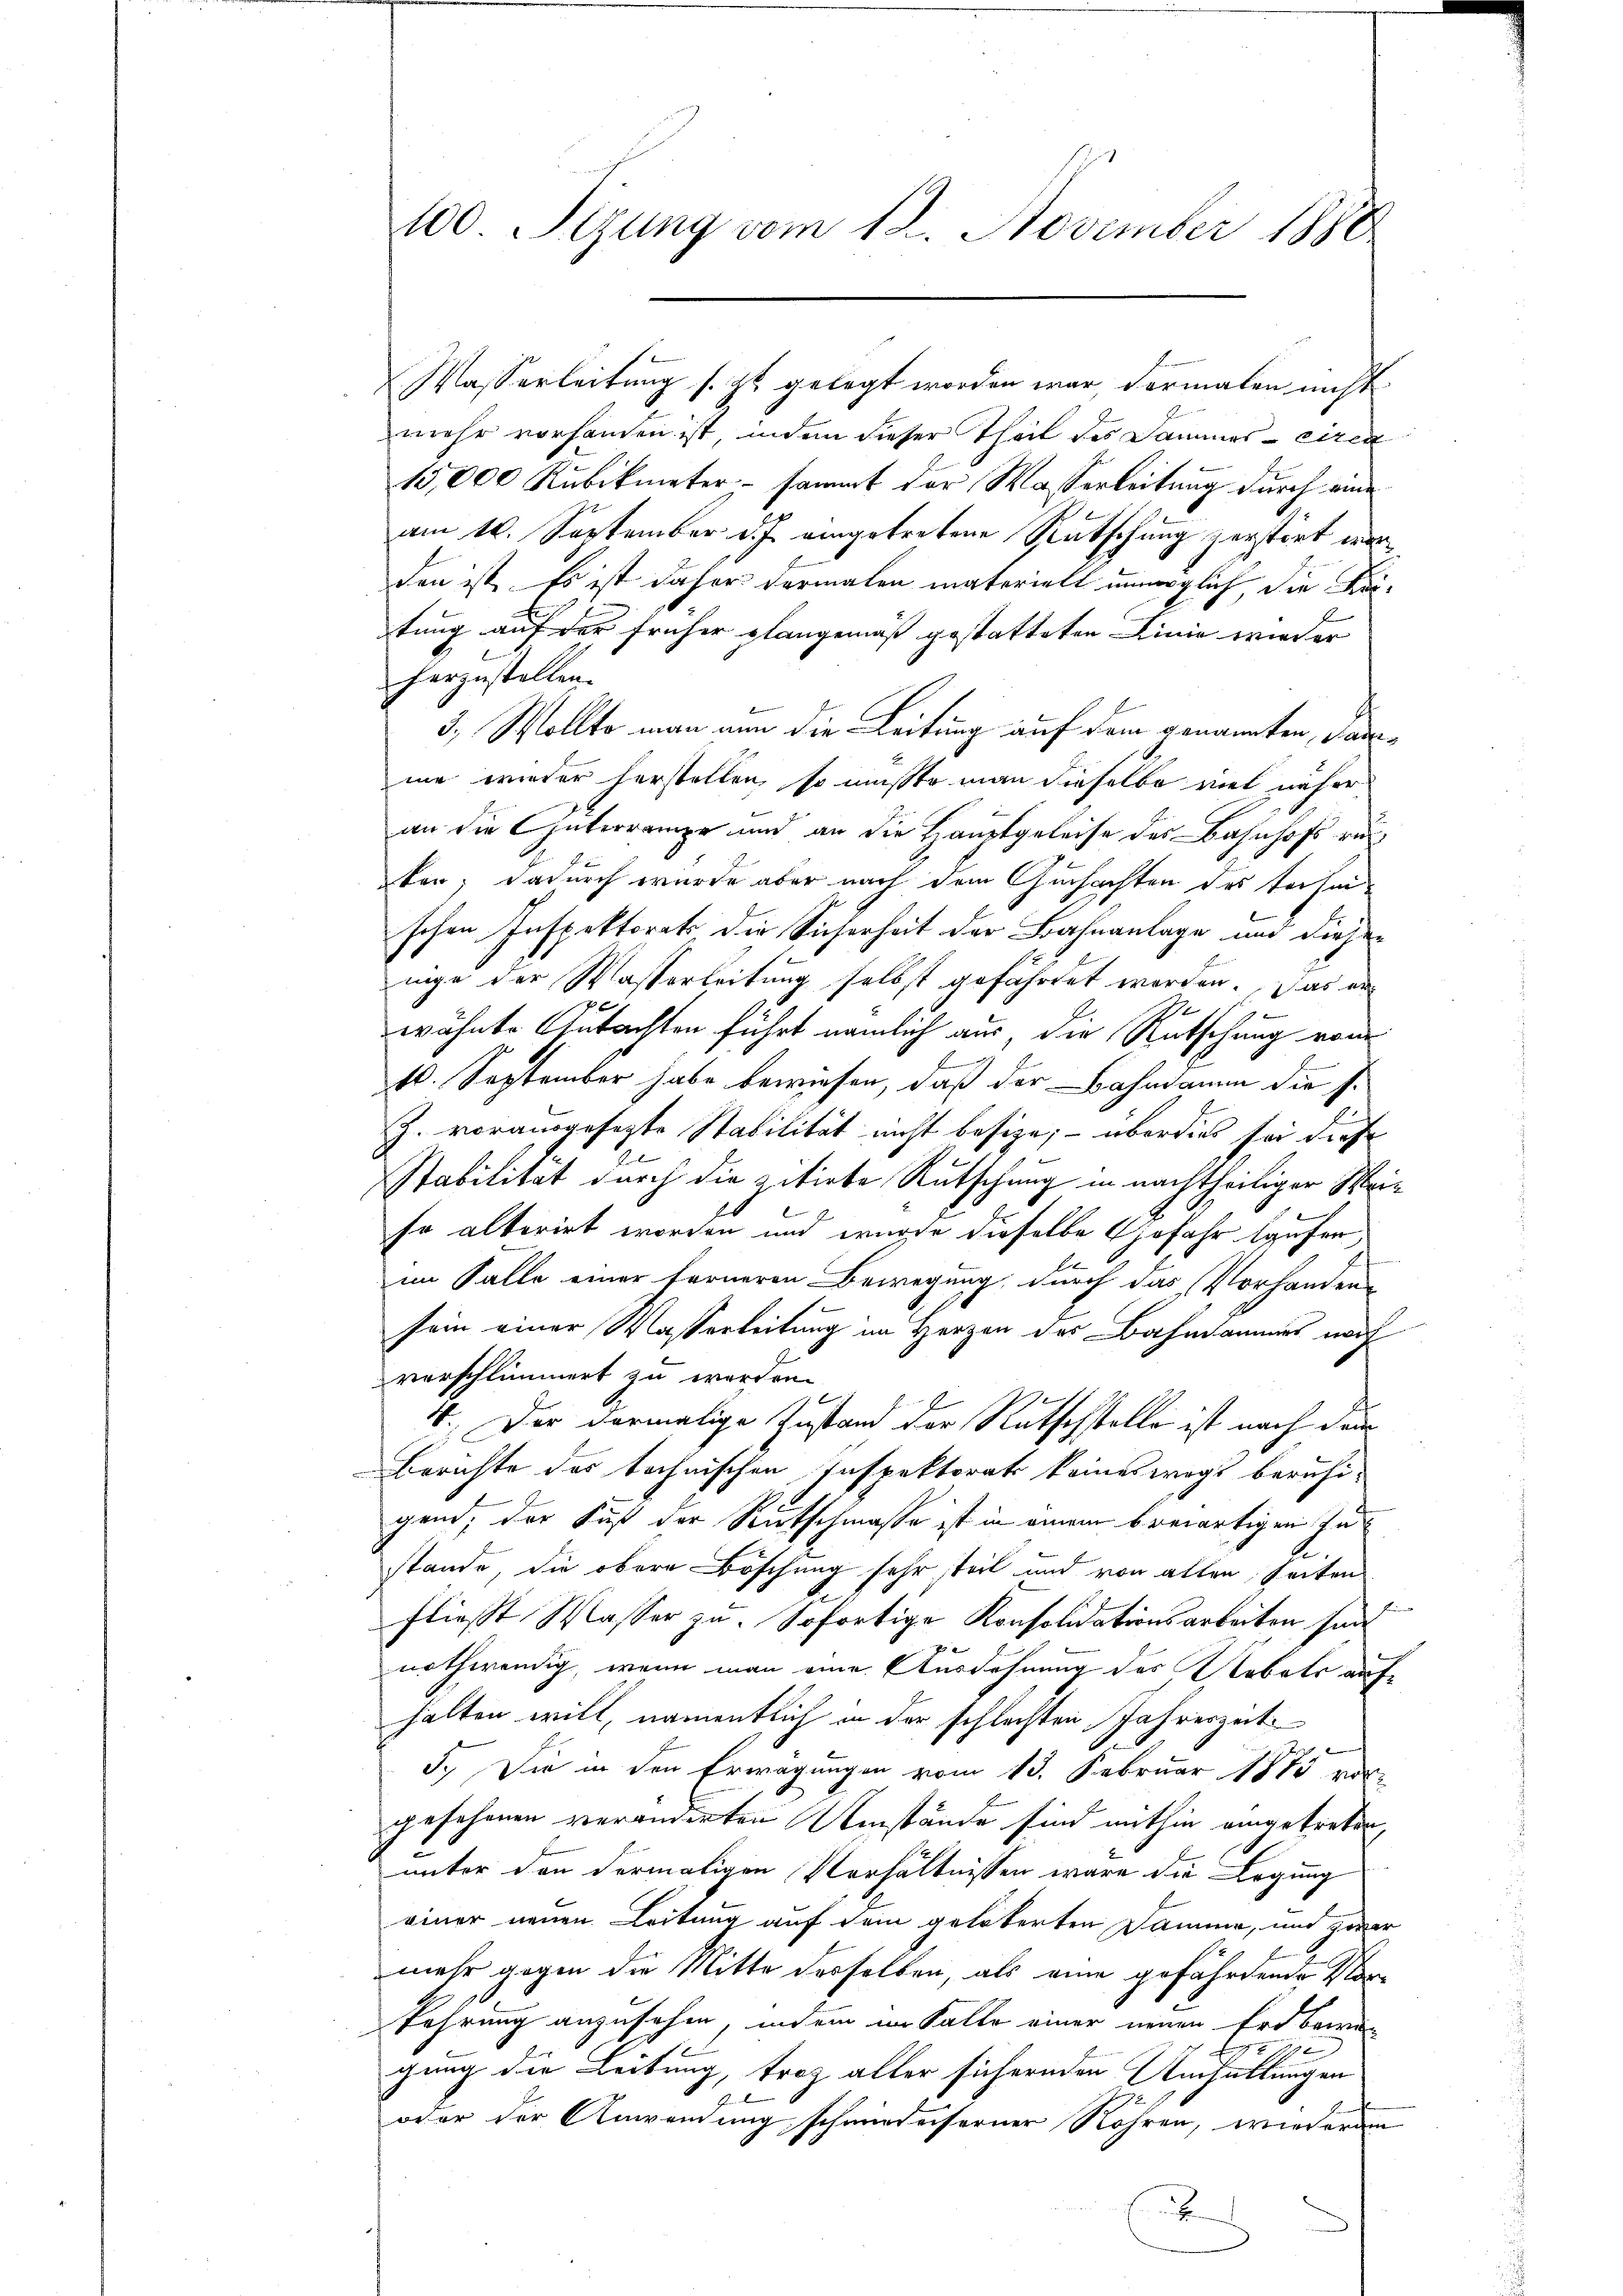
100. Sizung vom 18. November 1888

Wasserleitung s. Zt. gelegt worden war dermalen nicht
mehr vorhanden ist, indem dieser Theil des Sammes-ciren
15,000 Kubikmeter - sammt der Wasserleitung durch eine
am 10. September d. J. eingetretene Rutschung zerstört werden ist. Es ist daher dermalen materiell unmöglich die Kai-
tung auf der früher plangemäß gestatteten Linie wieder
herzustellen.
3., Wollte man nun die Leitung auf dem genannten, Sanme wieder herstellen, so müßte man dieselbe viel näher
an die Güterrampe und an die Hauptgeleise des Bahnhofs ruten; dadurch wurde aber nach dem Guchachten des Verheischen Inspektorats die Sicherheit der Bahnanlage und diesen
nige der Wasserleitung selbst geführtet worden. Das er¬
1
wähnte Gutachten führt nämlich aus, die Rutschung vom
.
10. September habe bewiesen, daß der Bahndamm die s.
b
J. vorausgesezte Stabilität nicht besize; – überdies sei diese
Stabilität durch die zitirte Rutschung in nachtheiliger Wei¬
E
l
so alterirt worden und wurde dieselbe Gefahr laufer,
E
im Falle einer ferneren Bewegung, durch das Vorhanden
sein einer Wasserleitung im Herzen des Bahndammes noch
vorschlimmert zu worden.
4. Der dormalige Zustand der Ratschstelle ist nach dem
Berichte des technischen Inspektorats keineswegs beruhigend, der Fuß der Rutschmaße ist in einem brewärtigen Instande, die obere Böschung sehr steil und von allen Seiten
fließt Wasser zu. Sofortige Konsolidationsarbeiten sind
nothwendig, wenn man eine Ausdehnung des Uebels auf
halten will, namentlich in der schlechten Jahreszeit
5.) Die in den Erwägungen vom 13. Februar 1875 von
gesehenen veränderten Umstände sind mithin eingetreten,
unter den dermaligen Verhältnissen wäre die Legung
einer neuen Leitung auf dem geloberten Dämme, und zwar
mehr gegen die Mitte derselben, als eine gefährtende Vorkehrung anzusehen, indem im Falle einer neuen Erd bewire
gung die Leitung, troz aller sichernden Umhüllungen
oder der Anwendung schmiedenserner Röhren, wiederem
x

e